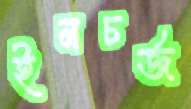
ইনচর্জ